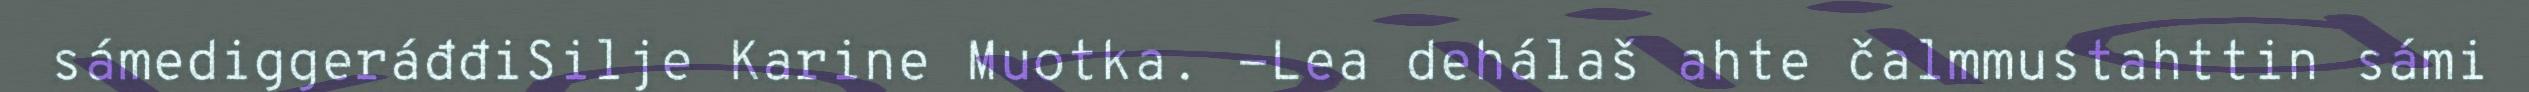
sámediggeráđđiSilje Karine Muotka. -Lea dehálaš ahte čalmmustahttin sámi